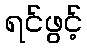
ရင်ဖွင့်